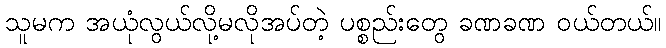
သူမက အယုံလွယ်လို့မလိုအပ်တဲ့ ပစ္စည်းတွေ ခဏခဏ ဝယ်တယ်။